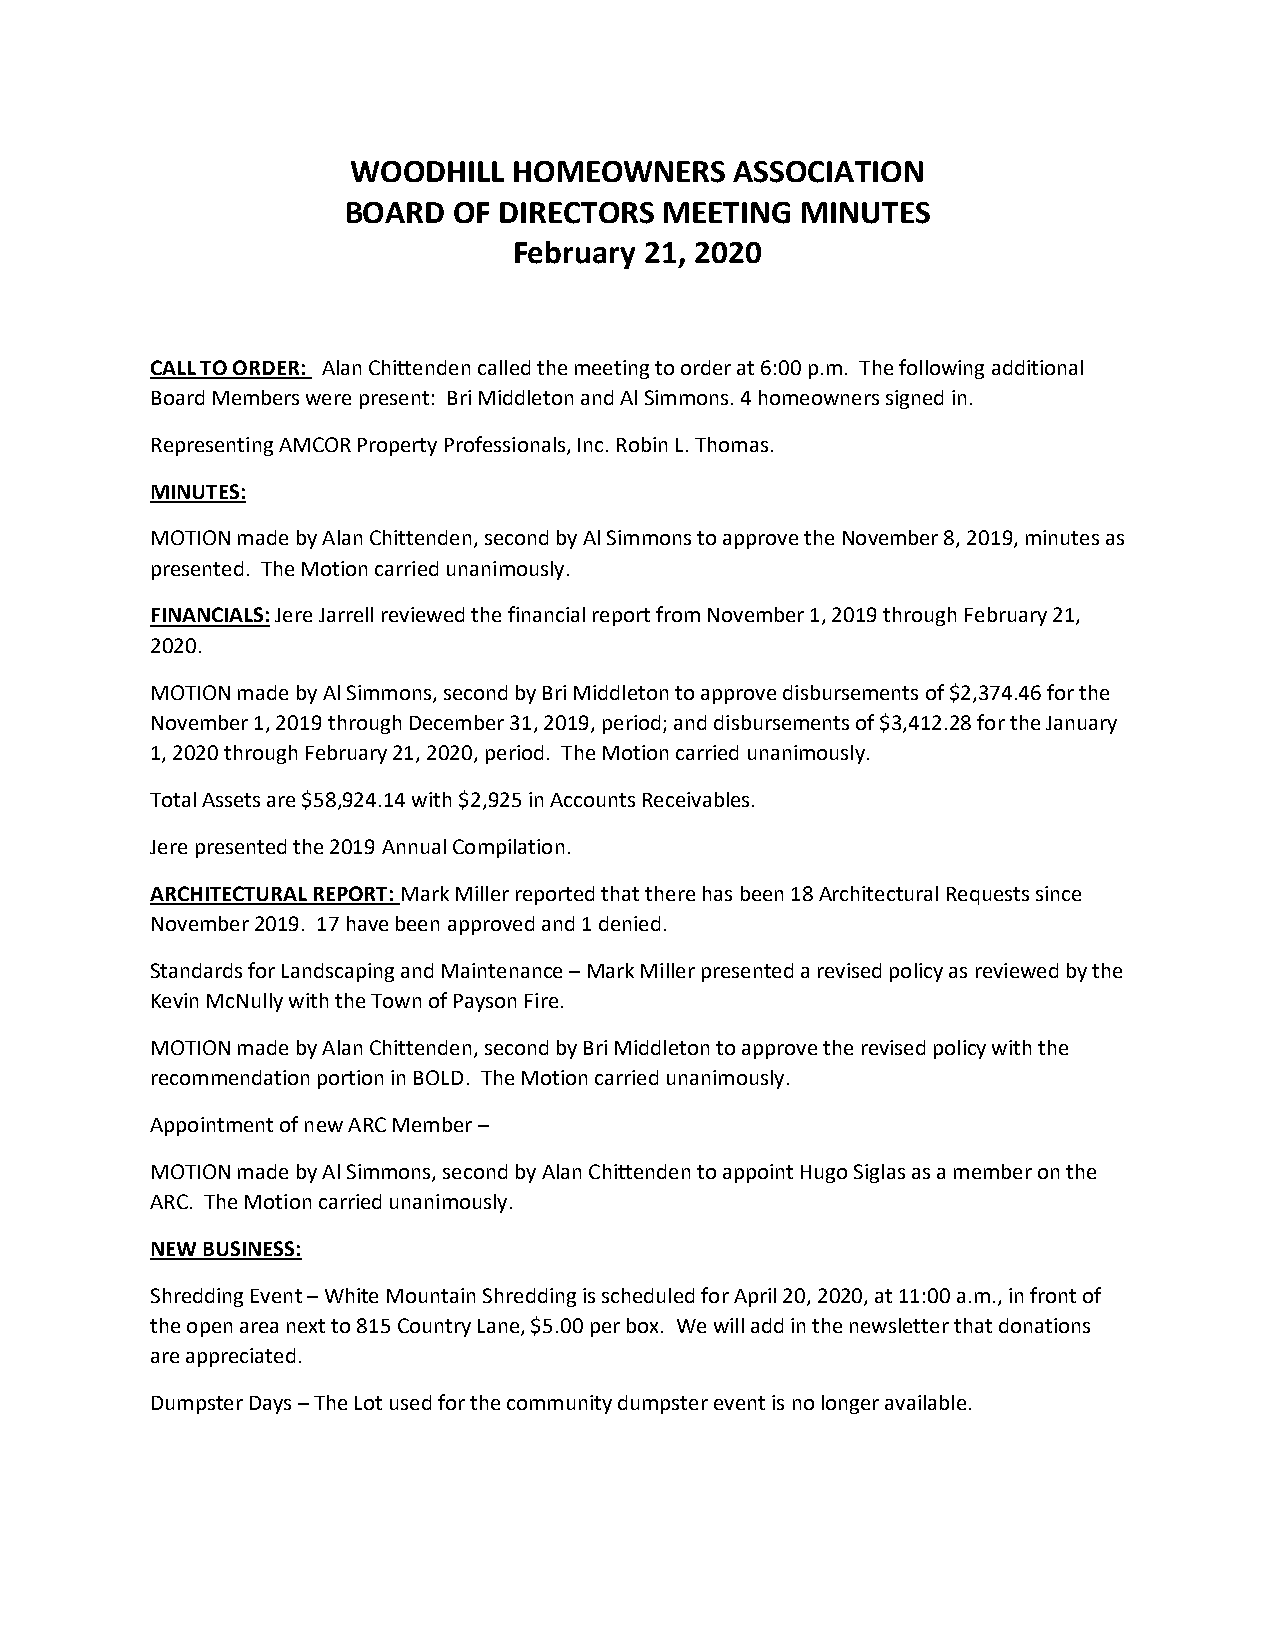
WOODHILL   HOMEOWNERS     ASSOCIATION
 BOARD  OF DIRECTORS  MEETING  MINUTES
 February 21, 2020
 CALL TO ORDER: Alan Chittenden called the meeting to order at 6:00 p.m. The following additional
 Board Members were present: Bri Middleton and Al Simmons. 4 homeowners signed in.
 Representing AMCOR Property Professionals, Inc. Robin L. Thomas.
 MINUTES:
 MOTION made by Alan Chittenden, second by Al Simmons to approve the November 8, 2019, minutes as
 presented. The Motion carried unanimously.
 FINANCIALS: Jere Jarrell reviewed the financial report from November 1, 2019 through February 21,
 2020.
 MOTION made by Al Simmons, second by Bri Middleton to approve disbursements of $2,374.46 for the
 November 1, 2019 through December 31, 2019, period; and disbursements of $3,412.28 for the January
 1, 2020 through February 21, 2020, period. The Motion carried unanimously.
 Total Assets are $58,924.14 with $2,925 in Accounts Receivables.
 Jere presented the 2019 Annual Compilation.
 ARCHITECTURAL REPORT: Mark Miller reported that there has been 18 Architectural Requests since
 November 2019. 17 have been approved and 1 denied.
 Standards for Landscaping and Maintenance – Mark Miller presented a revised policy as reviewed by the
 Kevin McNully with the Town of Payson Fire.
 MOTION made by Alan Chittenden, second by Bri Middleton to approve the revised policy with the
 recommendation portion in BOLD. The Motion carried unanimously.
 Appointment of new ARC Member –
 MOTION made by Al Simmons, second by Alan Chittenden to appoint Hugo Siglas as a member on the
 ARC. The Motion carried unanimously.
 NEW BUSINESS:
 Shredding Event – White Mountain Shredding is scheduled for April 20, 2020, at 11:00 a.m., in front of
 the open area next to 815 Country Lane, $5.00 per box. We will add in the newsletter that donations
 are appreciated.
 Dumpster Days – The Lot used for the community dumpster event is no longer available.